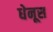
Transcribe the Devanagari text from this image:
धेनूस